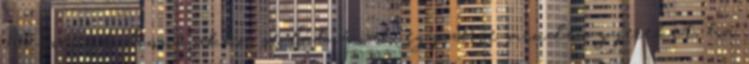
100-szemük lenne akkor se látnának egyszerre minden gyereket, ha